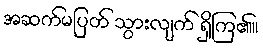
အဆက်မပြတ် သွားလျက် ရှိကြ၏။